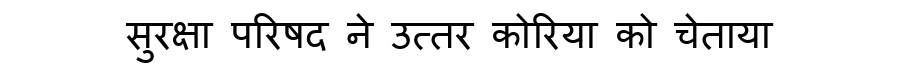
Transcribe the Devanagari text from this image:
सुरक्षा परिषद ने उत्तर कोरिया को चेताया